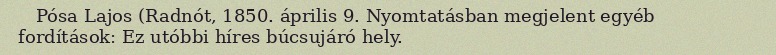
Pósa Lajos (Radnót, 1850. április 9. Nyomtatásban megjelent egyéb fordítások: Ez utóbbi híres búcsujáró hely.